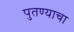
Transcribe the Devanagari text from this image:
पुतण्याचा